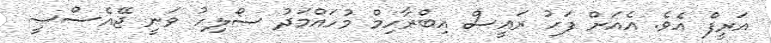
އަރީފް އެވެ. އެއަށް ފަހު ރައީސް އިބްރާހިމް މުހައްމަދު ސޯލިހު ވަނީ ޖޭއެސްސީ